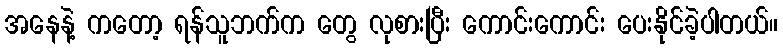
အနေနဲ့ ကတော့ ရန်သူဘက်က တွေ လုစားပြီး ကောင်းကောင်း ပေးနိုင်ခဲ့ပါတယ်။